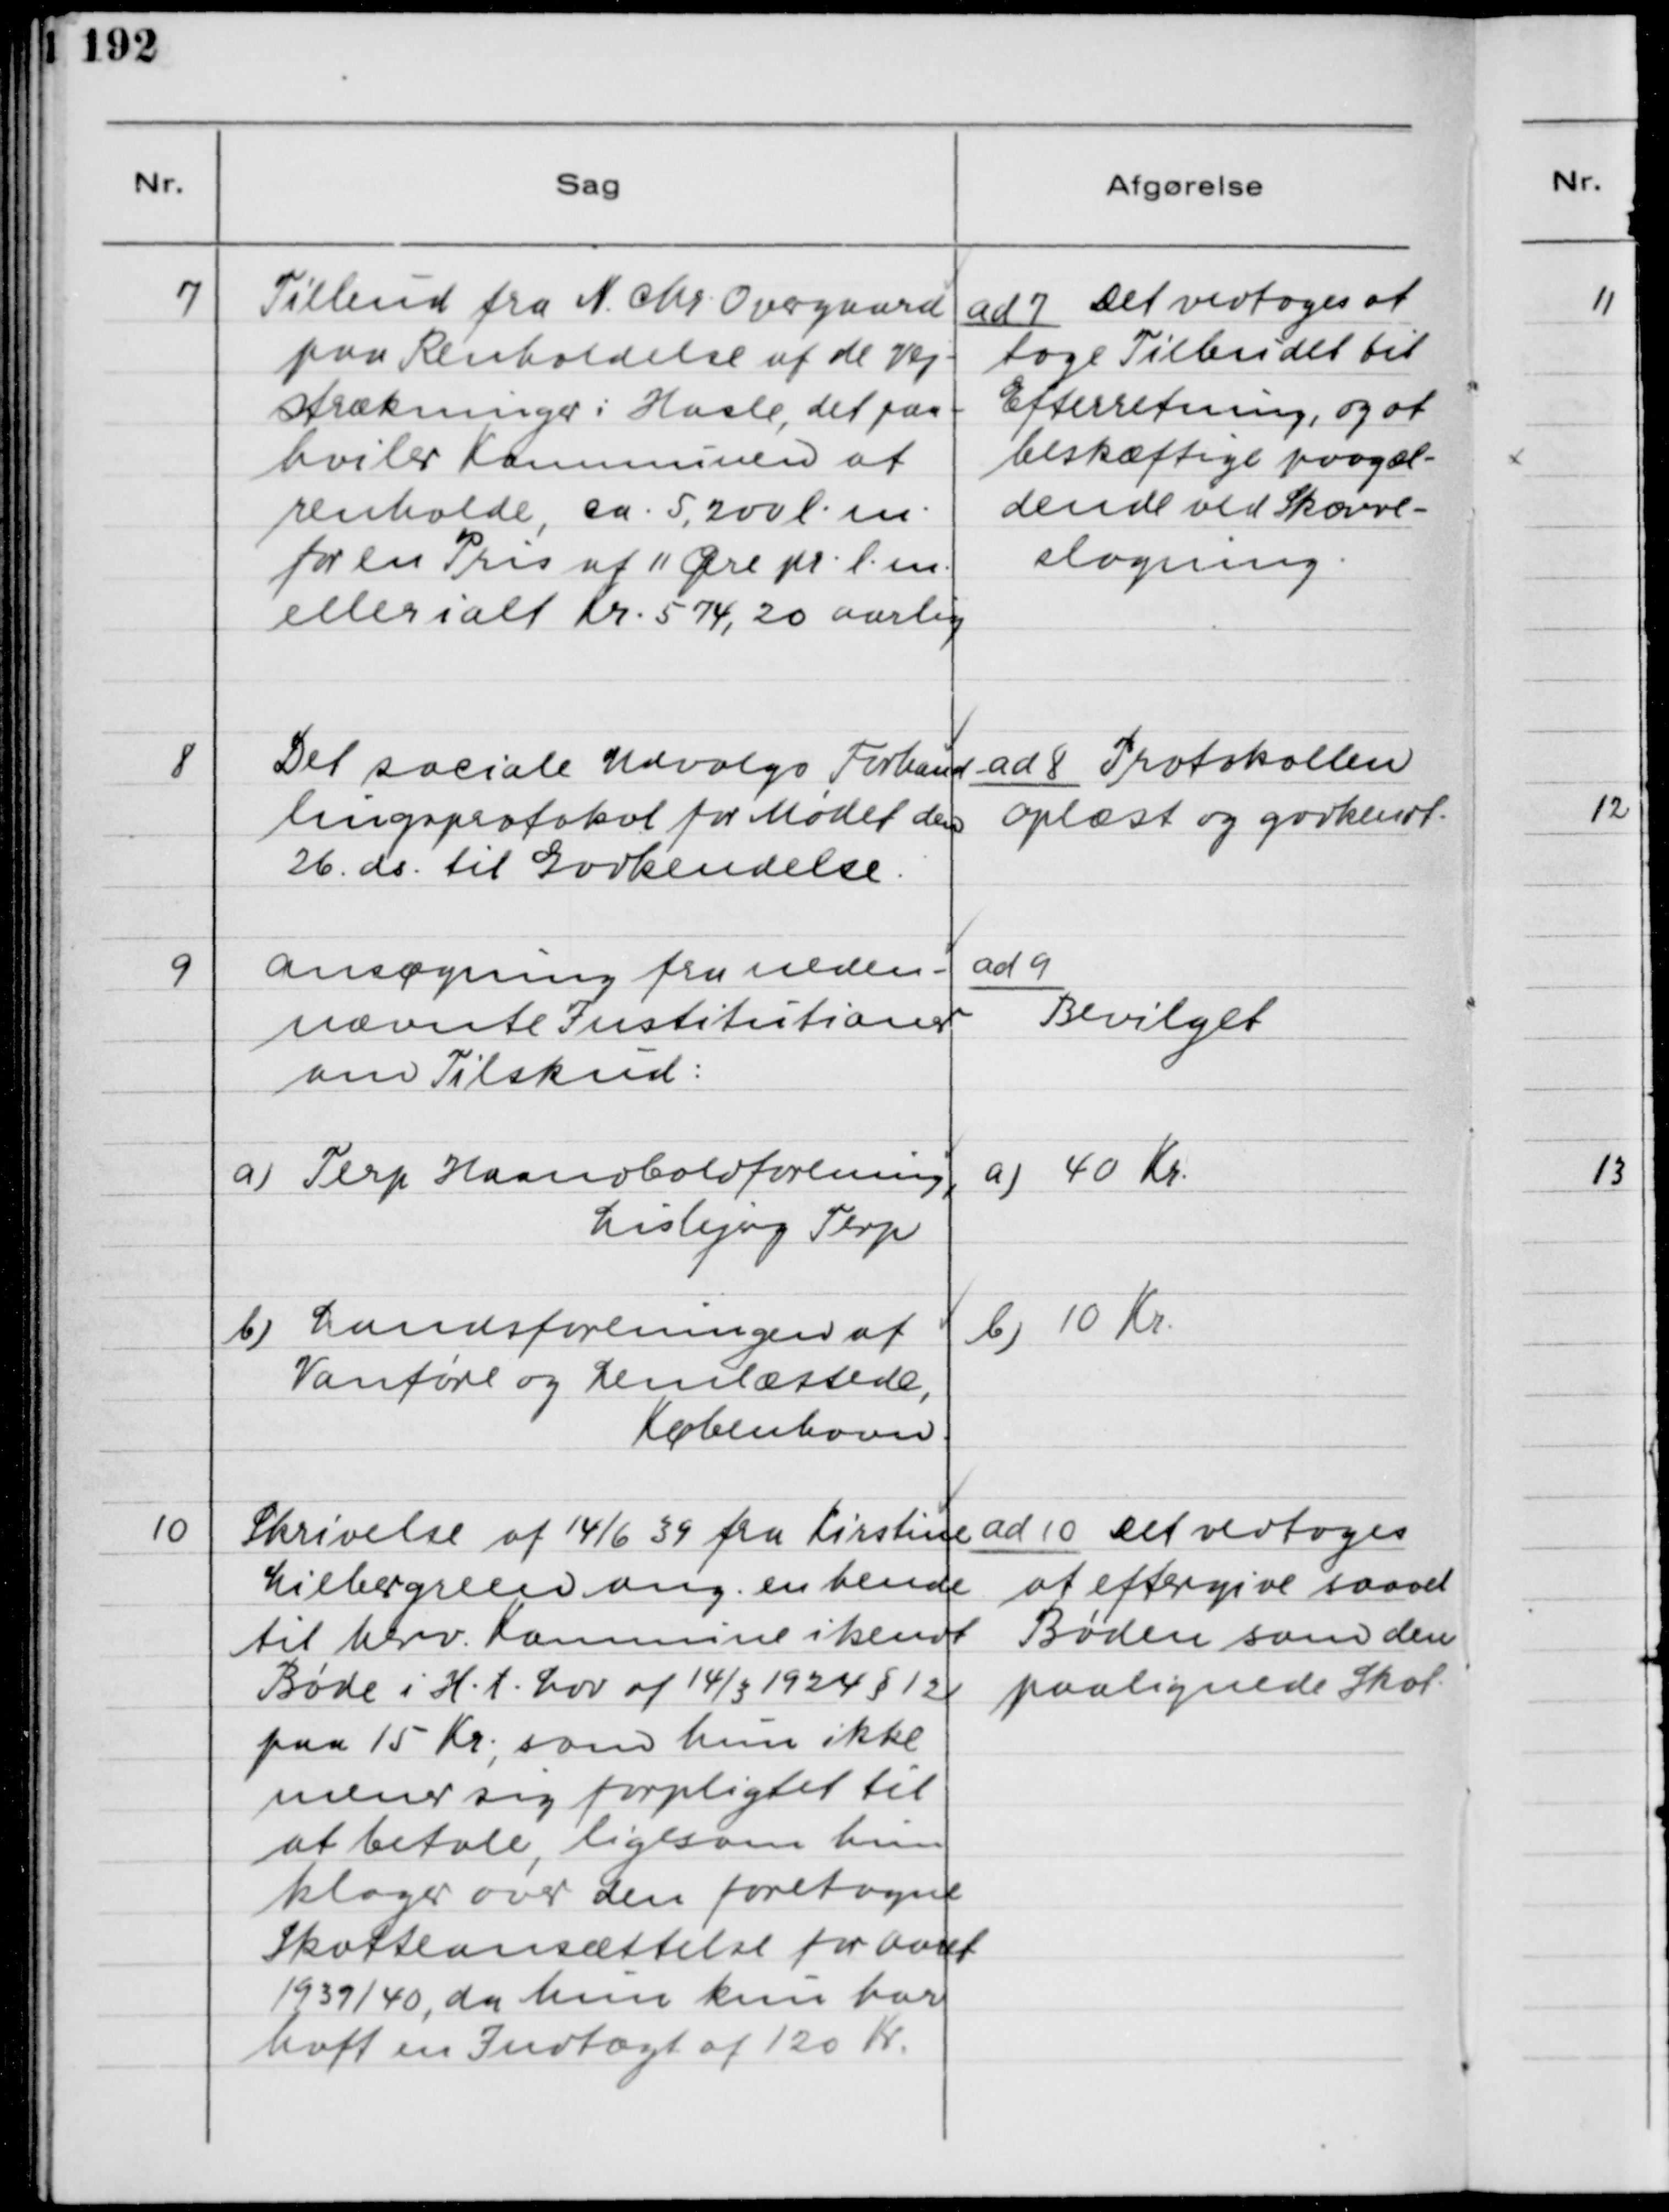
Transskription:
7

Tilbud fra N. Chr. Overgaard
paa Renholdelse af de Vej-
strækninger i Hasle, det paa-
hviler Kommune at
renholde, ca. 5,200 l.m. 
for en Pris af 11 Øre pr. l.m.
eller ialt Kr. 574,20 aarlig.

ad 7. Det vedtoges at
tage Tilbudet til
Efterretning, og at
beskæftige paagæl-
dende ved Skærve-
slagning.

8

Det sociale Udvalgs Forhand-
lingsprotokol for Mødet den
26. ds. til Godkendelse.

ad 8. Protokollen
oplæst og godkendt.

9

Ansøgning fra neden-
nævnte Institutioner
om Tilskud:
a) Terp Haandboldforening,
Lisbjerg Terp
b) Landsforeningen af
Vanføre og Lemlæstede,
København

ad9.
Bevilget
a) 40 Kr.
b) 10 Kr.

10

Skrivelse af 14/6 39 fra Kirstine
Liebergreen ang. en hende
til herv. Kommune ikendt
Bøde i H.t. Lov af 14/3 1924 § 12
paa 15 Kr., som hun ikke
mener sig forpligtet til
at betale, ligesom hun
klager over den foretagne
Skatteansættelse for Aaret
1939/40, da hun kun har
haft en Indtægt af 120 Kr.

ad 10. Det vedtoges
at eftergive saavel
Bøden som den
paalignede Skat.